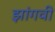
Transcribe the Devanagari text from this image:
झांगवी